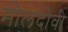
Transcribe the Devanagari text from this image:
मोलदोवी